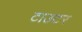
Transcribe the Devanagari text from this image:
टाउटर